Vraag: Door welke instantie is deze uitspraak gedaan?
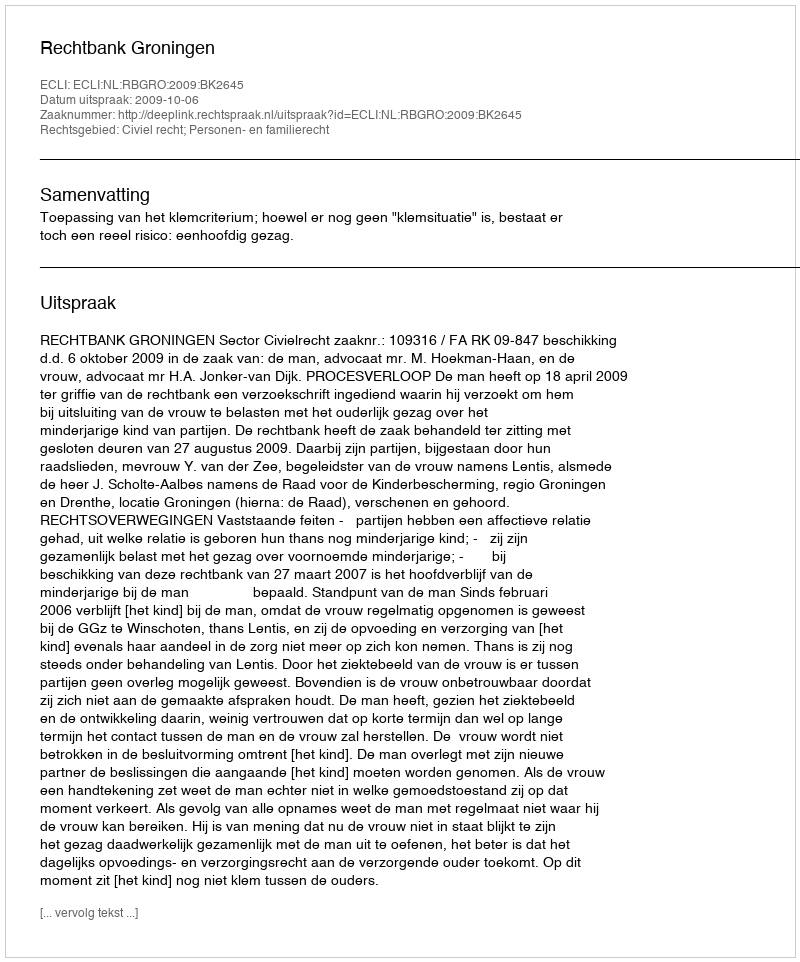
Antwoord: Rechtbank Groningen